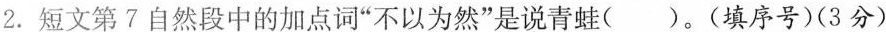
2.短文第?自然段中的加点词”不以为然”是说青蛙( )。(填序号)(3分)